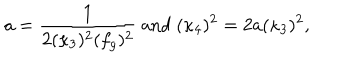
a = \frac { 1 } { 2 ( \kappa _ { 3 } ) ^ { 2 } ( f _ { g } ) ^ { 2 } } ~ \mathrm { a n d } ~ ( \kappa _ { 4 } ) ^ { 2 } = 2 a ( \kappa _ { 3 } ) ^ { 2 } ,